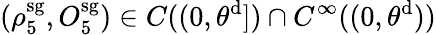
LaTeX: (\rho_{5}^{\mathrm{sg}},O_{5}^{\mathrm{sg}})\in C((0,\theta^{\mathrm{d}}])\cap C^{\infty}((0,\theta^{\mathrm{d}}))